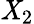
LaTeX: \mathit{X}_{2}